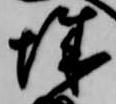
城